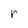
Character: r